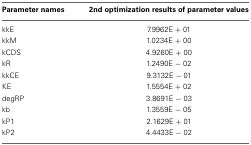
| Parameter names | 2nd optimization results of parameter values |
 | --- | --- |
 | kkE | 7.9962E + 01 |
 | kkM | 1.0234E + 00 |
 | kCDS | 4.9260E + 00 |
 | kR | 1.2490E − 02 |
 | kkCE | 9.3132E − 01 |
 | KE | 1.5554E + 02 |
 | degRP | 3.8691E − 03 |
 | kb | 1.3559E − 05 |
 | kP1 | 2.1629E + 01 |
 | kP2 | 4.4433E − 02 |